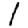
Digit: 1